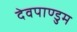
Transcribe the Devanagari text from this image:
देवपाण्डुम